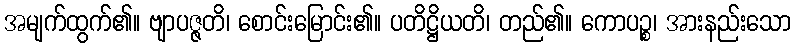
အမျက်ထွက်၏။ ဗျာပဇ္ဇတိ၊ စောင်းမြောင်း၏။ ပတိဋ္ဌိယတိ၊ တည်၏။ ကောပဉ္စ၊ အားနည်းသော